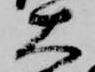
大